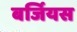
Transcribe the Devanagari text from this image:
बर्जियस